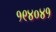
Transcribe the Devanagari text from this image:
१९४०४१